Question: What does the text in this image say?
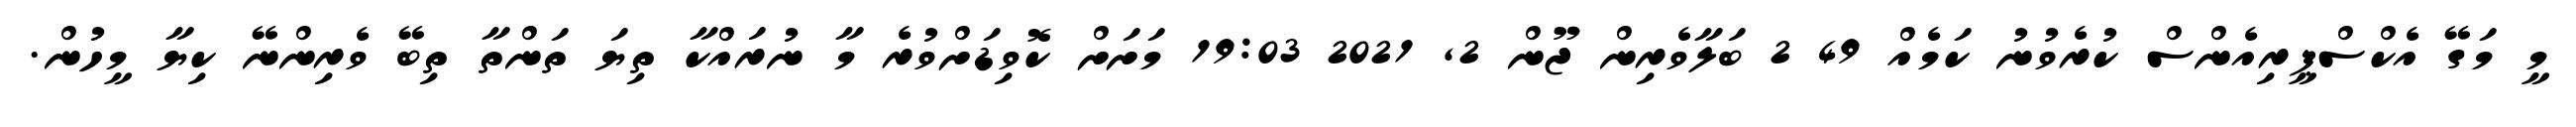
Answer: މީ މަގޭ އެކްސްޕީރިއެންސް ކުރެވުނު ކަމެއް 49 2 ބަލާވެރިން ޖޫން 2, 2021 19:03 މަށަށް ކޮވިޑަށްވުރެ މާ ނުރައްކާ ތިޔަ ތަންތާ ތިބޭ ވެރިންނޭ ކިޔާ މީހުން.